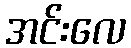
အင်းလေ